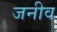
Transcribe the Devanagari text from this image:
जनीव